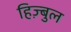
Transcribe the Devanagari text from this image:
हिज़्बुल